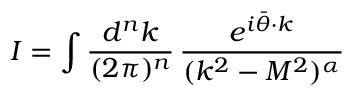
I = \int { \frac { d ^ { n } k } { ( 2 \pi ) ^ { n } } } \, { \frac { e ^ { i \bar { \theta } \cdot k } } { ( k ^ { 2 } - M ^ { 2 } ) ^ { \alpha } } }